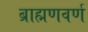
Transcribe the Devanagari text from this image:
ब्राह्मणवर्ण